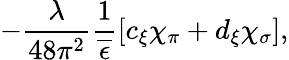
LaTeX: -\frac{\lambda}{48\pi^{2}}\frac{1}{\overline{{{\epsilon}}}}[c_{\xi}\chi_{\pi}+d_{\xi}\chi_{\sigma}],